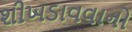
શીખડાવવાનો